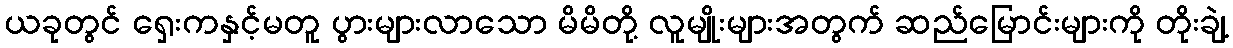
ယခုတွင် ရှေးကနှင့်မတူ ပွားများလာသော မိမိတို့ လူမျိုးများအတွက် ဆည်မြောင်းများကို တိုးချဲ့